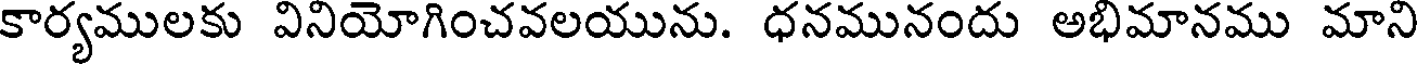
కార్యములకు వినియోగించవలయును. ధనమునందు అభిమానము మాని